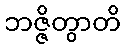
ဘဇ္ဇိတွာတိ